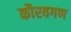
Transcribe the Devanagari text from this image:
कौरवगण